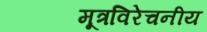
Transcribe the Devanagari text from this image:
मूत्रविरेचनीय